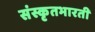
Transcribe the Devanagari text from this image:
संस्कृतभारती